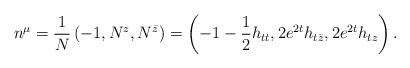
LaTeX: \begin{align*}n^\mu = {1 \over N}\left(-1, N^z, N^{\bar{z}}\right)= \left( -1 - {1 \over 2} h_{tt}, 2 e^{2 t} h_{t \bar{z}},2 e^{2 t} h_{tz} \right).\end{align*}